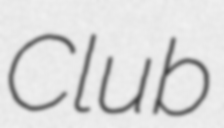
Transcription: Club